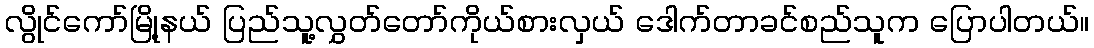
လွိုင်ကော်မြို့နယ် ပြည်သူ့လွှတ်တော်ကိုယ်စားလှယ် ဒေါက်တာခင်စည်သူက ပြောပါတယ်။